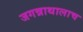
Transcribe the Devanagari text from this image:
जगन्नाथालाच